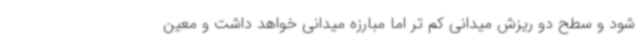
شود و سطح دو ریزش میدانی کم تر اما مبارزه میدانی خواهد داشت و معین